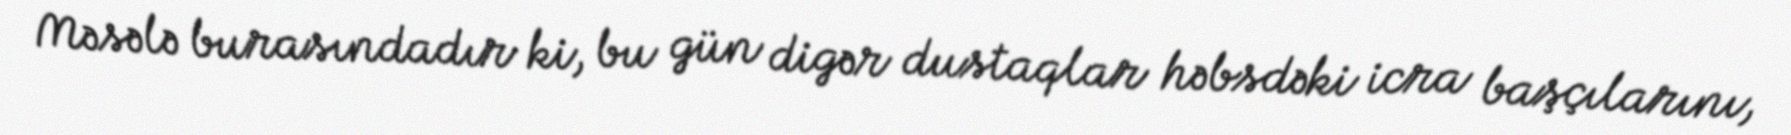
Məsələ burasındadır ki, bu gün digər dustaqlar həbsdəki icra başçılarını,